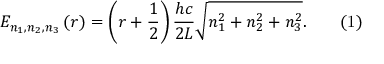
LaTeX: E _ { n _ { 1 } , n _ { 2 } , n _ { 3 } } \left( r \right) = \left( r + { \frac { 1 } { 2 } } \right) { \frac { h c } { 2 L } } { \sqrt { n _ { 1 } ^ { 2 } + n _ { 2 } ^ { 2 } + n _ { 3 } ^ { 2 } } } . \qquad { \mathrm { ( 1 ) } }